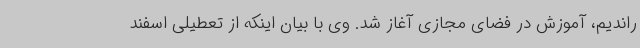
راندیم، آموزش در فضای مجازی آغاز شد. وی با بیان اینکه از تعطیلی اسفند